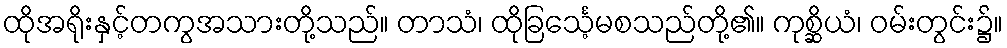
ထိုအရိုးနှင့်တကွအသားတို့သည်။ တာသံ၊ ထိုခြင်္သေ့မစသည်တို့၏။ ကုစ္ဆိယံ၊ ဝမ်းတွင်း၌။